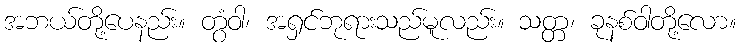
အဘယ်တို့ပေနည်း။ တွံဝါ၊ အရှင်ဘုရားသည်မူလည်း။ သတ္တ၊ ခုနစ်ဝါတို့လော။